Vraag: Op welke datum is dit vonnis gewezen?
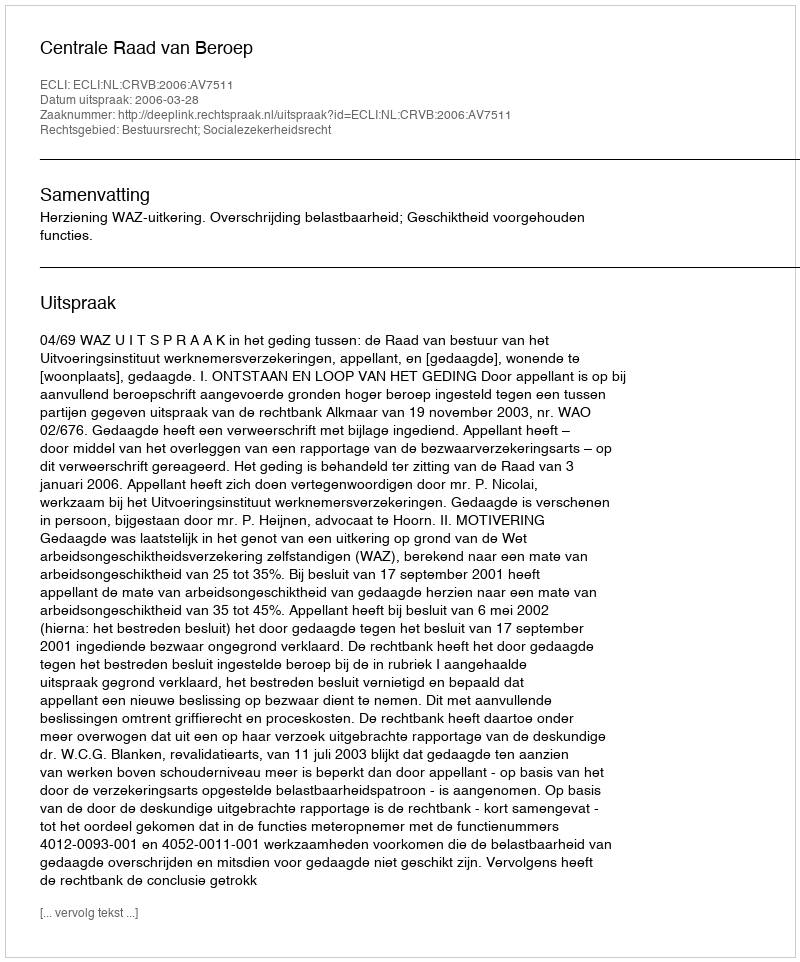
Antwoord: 2006-03-28